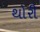
થોરી